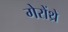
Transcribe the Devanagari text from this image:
गेरोंथ्रे